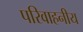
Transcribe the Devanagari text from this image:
परिवाहनीय